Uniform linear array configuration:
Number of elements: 32
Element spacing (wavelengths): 0.25
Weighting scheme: blackman
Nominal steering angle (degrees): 60
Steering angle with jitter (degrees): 60.925
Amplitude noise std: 0.05
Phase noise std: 0.05

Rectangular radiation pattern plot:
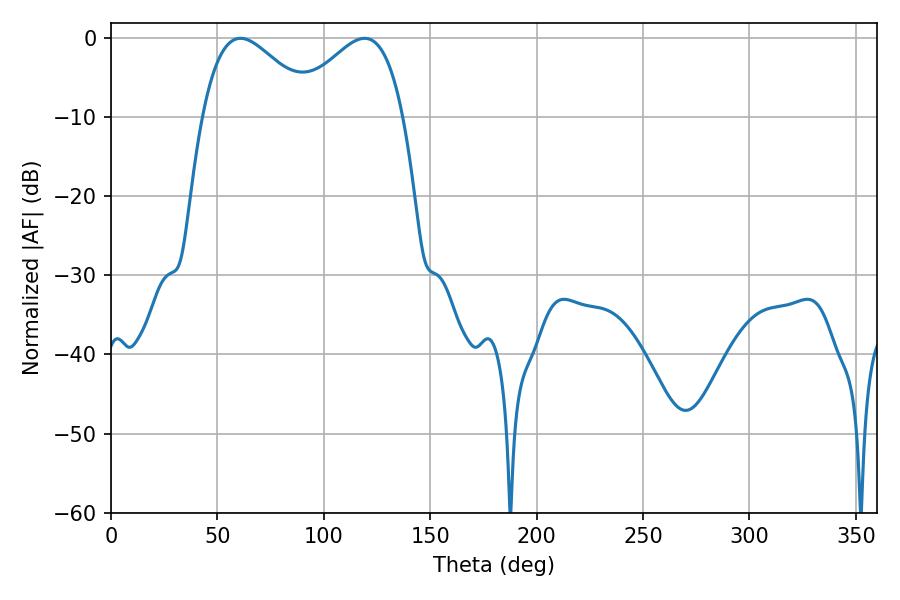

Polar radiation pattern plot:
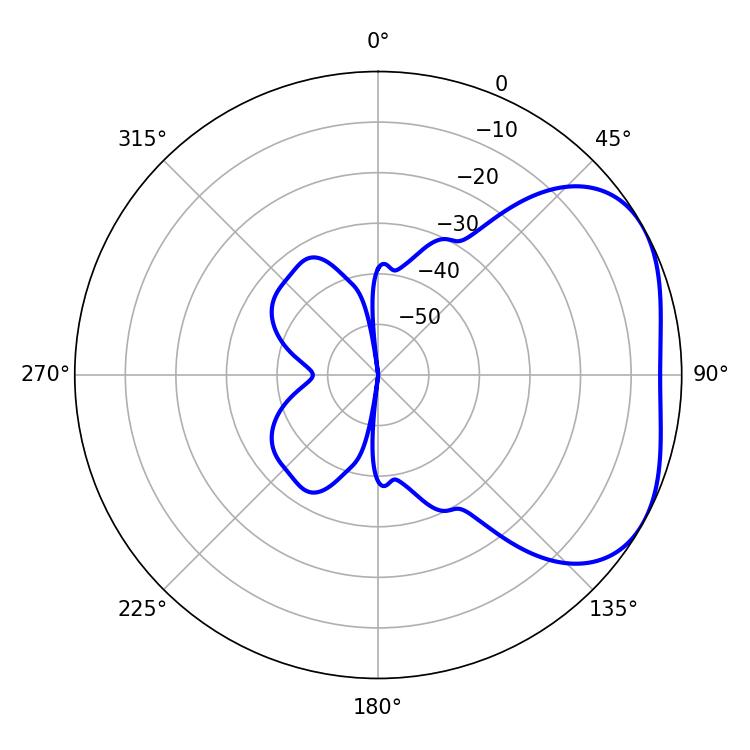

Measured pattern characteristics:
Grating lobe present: FALSE
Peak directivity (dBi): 3.367
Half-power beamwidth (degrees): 28.44
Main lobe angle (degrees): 60.84